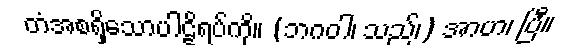
တံအစရှိသောပါဠိရပ်ကို။ (ဘဂဝါ၊ သည်၊) အာဟ၊ ပြီ။